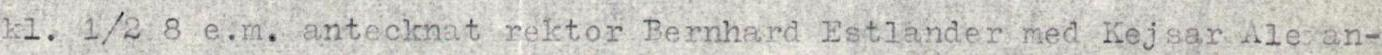
kl. 1/2 8 e.m. antecknat rektor Bernhard Estlander med Kejsar Alexan-